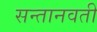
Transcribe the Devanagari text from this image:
सन्तानवती